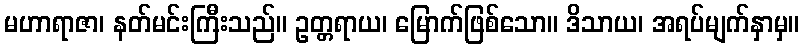
မဟာရာဇာ၊ နတ်မင်းကြီးသည်။ ဥတ္တရာယ၊ မြောက်ဖြစ်သော။ ဒိသာယ၊ အရပ်မျက်နှာမှ။